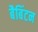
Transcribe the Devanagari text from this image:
बैबिंटन